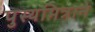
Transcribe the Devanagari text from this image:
पुस्यमित्राने